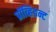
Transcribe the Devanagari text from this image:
प्रॉव्हिडन्ट